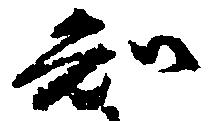
知